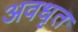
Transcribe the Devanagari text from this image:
अवधृत